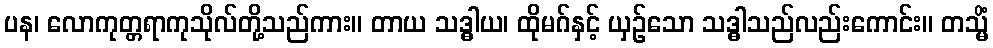
ပန၊ လောကုတ္တရာကုသိုလ်တို့သည်ကား။ တာယ သဒ္ဓါယ၊ ထိုမဂ်နှင့် ယှဉ်သော သဒ္ဓါသည်လည်းကောင်း။ တသ္မိံ